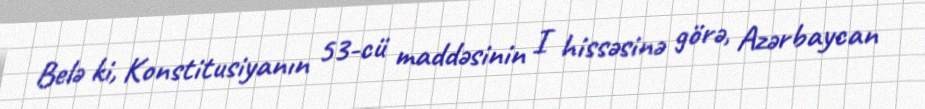
Belə ki, Konstitusiyanın 53-cü maddəsinin I hissəsinə görə, Azərbaycan